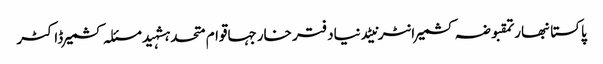
پاکستانبھارتمقبوضہ کشمیرانٹرنیٹدنیادفتر خارجہاقوام متحدہشہیدمسئلہ کشمیرڈاکٹر